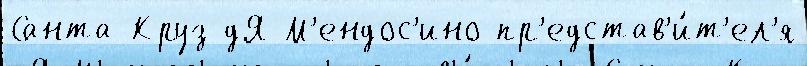
Санта-Круз дЯ М'ендос'ино пр'едстав'и́т'ел'я